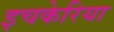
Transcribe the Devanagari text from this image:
इचकेरिया